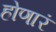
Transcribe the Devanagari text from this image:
होणारं